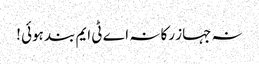
نہ جہاز رکا نہ اے ٹی ایم بند ہوئی !